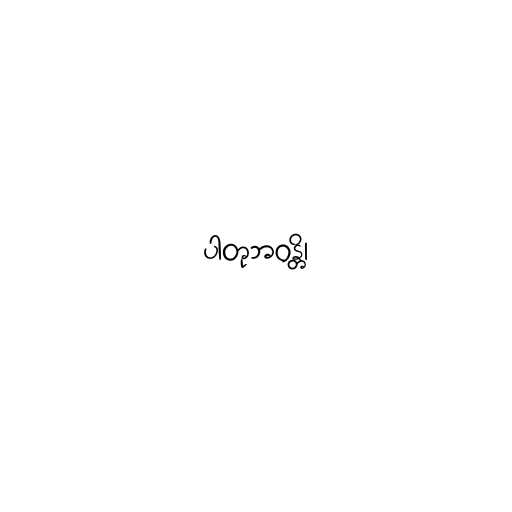
ပါတုဘဝန္တိ၊